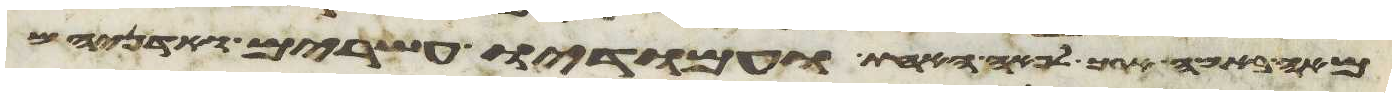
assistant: מאה באמה ארך לפאה האחת ועמודיו עשרים ואדניהם